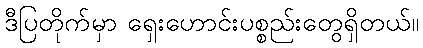
ဒီပြတိုက်မှာ ရှေးဟောင်းပစ္စည်းတွေရှိတယ်။